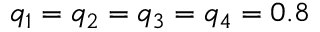
q _ { 1 } = q _ { 2 } = q _ { 3 } = q _ { 4 } = 0 . 8